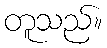
တူသည်။